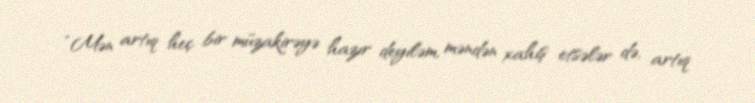
“Mən artıq heç bir müzakirəyə hazır deyiləm, məndən xahiş etsələr də, artıq